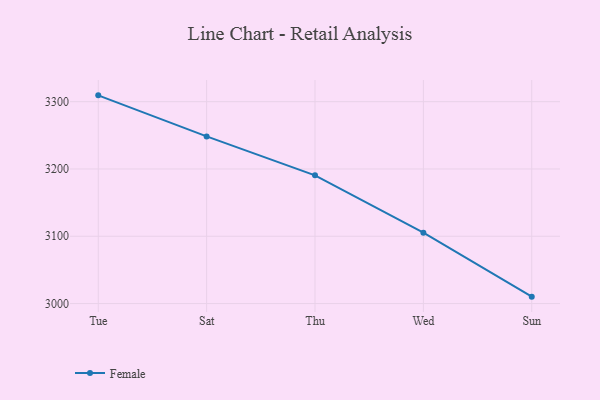
{"axis": {"x": "Day", "y": "Revenue (USD Million)"}, "legend": ["Female"], "data": [{"x": "Tue", "y": 3309.4, "type": "Female"}, {"x": "Sat", "y": 3248.4, "type": "Female"}, {"x": "Thu", "y": 3190.5, "type": "Female"}, {"x": "Wed", "y": 3105.3, "type": "Female"}, {"x": "Sun", "y": 3010.3, "type": "Female"}]}